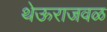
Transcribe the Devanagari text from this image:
थेऊराजवळ